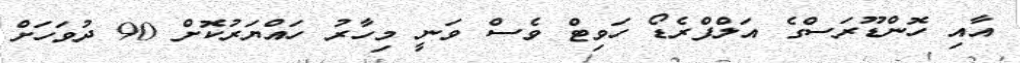
އާއި ހޮންޑޫރަސްގެ އަލްފްރެޑޯ ހަވިޓް ވެސް ވަނީ މިހާރު ހައްޔަރުކޮށް 90 ދުވަހަށް